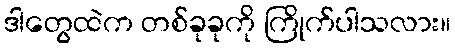
ဒါတွေထဲက တစ်ခုခုကို ကြိုက်ပါသလား။